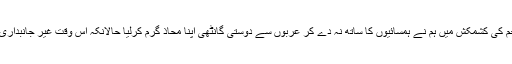
عرب و عجم کی کشمکش میں ہم نے ہمسائیوں کا ساتھ نہ دے کر عربوں سے دوستی گانٹھی اپنا محاذ گرم کرلیا حالانکہ اس وقت غیر جانبداری بہتر ہوتی۔